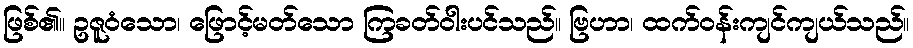
ဖြစ်၏။ ဥဇူဝံသော၊ ဖြောင့်မတ်သော ကြခတ်ဝါးပင်သည်။ ဗြဟာ၊ ထက်ဝန်းကျင်ကျယ်သည်။